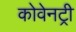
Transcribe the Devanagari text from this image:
कोवेनट्री